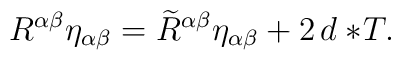
R^{\alpha\beta}\eta_{\alpha\beta} = \widetilde{R}^{\alpha\beta}  \eta_{\alpha\beta} + 2\,d\ast\! T.